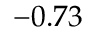
- 0 . 7 3 \